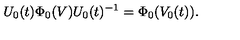
U _ { 0 } ( t ) \Phi _ { 0 } ( V ) U _ { 0 } ( t ) ^ { - 1 } = \Phi _ { 0 } ( V _ { 0 } ( t ) ) .